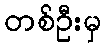
တစ်ဦးမှ